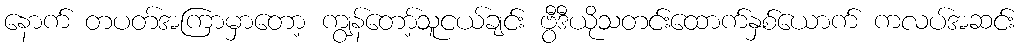
နောက် တပတ်အကြာမှာတော့ ကျွန်တော့်သူငယ်ချင်း ဗွီဒီယိုသတင်းထောက်နှစ်ယောက် ကလပ်အဆင်း